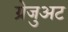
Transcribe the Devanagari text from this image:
ग्रेजुअट